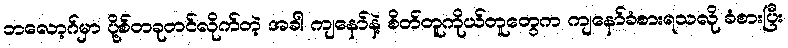
ဘလော့ဂ်မှာ ပို့စ်တခုတင်လိုက်တဲ့ အခါ ကျနော်နဲ့ စိတ်တူကိုယ်တူတွေက ကျနော်ခံစားရသလို ခံစားပြီး